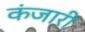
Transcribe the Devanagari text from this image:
कंजारी